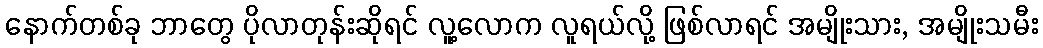
နောက်တစ်ခု ဘာတွေ ပိုလာတုန်းဆိုရင် လူ့လောက လူရယ်လို့ ဖြစ်လာရင် အမျိုးသား, အမျိုးသမီး